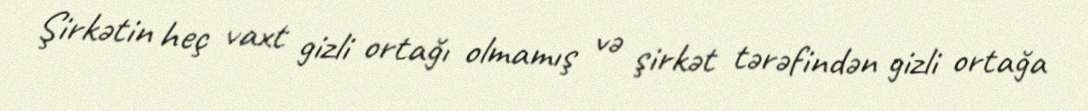
Şirkətin heç vaxt gizli ortağı olmamış və şirkət tərəfindən gizli ortağa